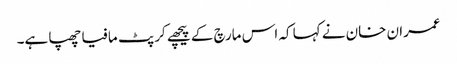
عمران خان نے کہا کہ اس مارچ کے پیچھے کرپٹ مافیا چھپا ہے۔